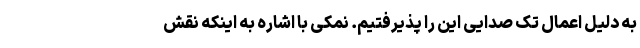
به دلیل اعمال تک صدایی این را پذیرفتیم. نمکی با اشاره به اینکه نقش